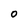
Character: O